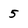
Character: 5